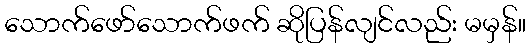
သောက်ဖော်သောက်ဖက် ဆိုပြန်လျင်လည်း မမှန်။